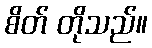
စိတ် တိုသည်။